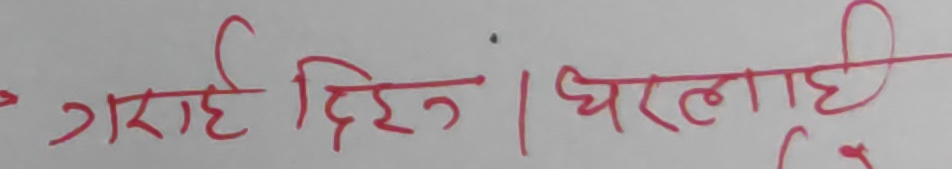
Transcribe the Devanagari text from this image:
गराई दिईन। धरलाई